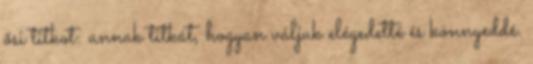
ősi titkot: annak titkát, hogyan váljuk elégedetté és könnyeddé.